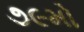
૭૯મો